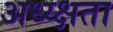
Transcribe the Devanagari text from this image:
अध्य्क्षता